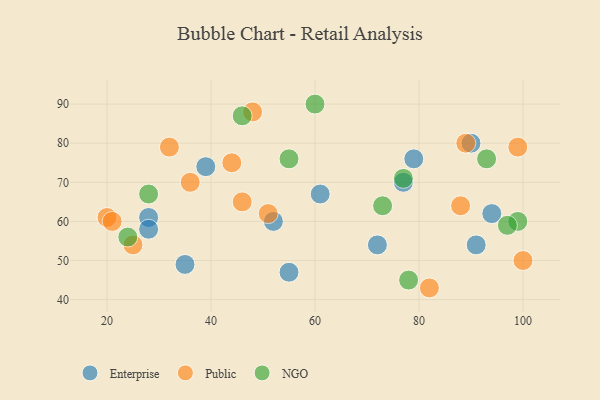
{"axis": {"x": "GDP", "y": "Life Expectancy"}, "legend": ["Enterprise", "NGO", "Public"], "data": [{"x": "94", "y": 62, "type": "Enterprise"}, {"x": "28", "y": 61, "type": "Enterprise"}, {"x": "61", "y": 67, "type": "Enterprise"}, {"x": "79", "y": 76, "type": "Enterprise"}, {"x": "35", "y": 49, "type": "Enterprise"}, {"x": "90", "y": 80, "type": "Enterprise"}, {"x": "72", "y": 54, "type": "Enterprise"}, {"x": "39", "y": 74, "type": "Enterprise"}, {"x": "52", "y": 60, "type": "Enterprise"}, {"x": "91", "y": 54, "type": "Enterprise"}, {"x": "28", "y": 58, "type": "Enterprise"}, {"x": "77", "y": 70, "type": "Enterprise"}, {"x": "55", "y": 47, "type": "Enterprise"}, {"x": "20", "y": 61, "type": "Public"}, {"x": "44", "y": 75, "type": "Public"}, {"x": "82", "y": 43, "type": "Public"}, {"x": "25", "y": 54, "type": "Public"}, {"x": "88", "y": 64, "type": "Public"}, {"x": "46", "y": 65, "type": "Public"}, {"x": "100", "y": 50, "type": "Public"}, {"x": "99", "y": 79, "type": "Public"}, {"x": "89", "y": 80, "type": "Public"}, {"x": "51", "y": 62, "type": "Public"}, {"x": "21", "y": 60, "type": "Public"}, {"x": "32", "y": 79, "type": "Public"}, {"x": "36", "y": 70, "type": "Public"}, {"x": "48", "y": 88, "type": "Public"}, {"x": "73", "y": 64, "type": "NGO"}, {"x": "24", "y": 56, "type": "NGO"}, {"x": "78", "y": 45, "type": "NGO"}, {"x": "99", "y": 60, "type": "NGO"}, {"x": "60", "y": 90, "type": "NGO"}, {"x": "97", "y": 59, "type": "NGO"}, {"x": "55", "y": 76, "type": "NGO"}, {"x": "93", "y": 76, "type": "NGO"}, {"x": "77", "y": 71, "type": "NGO"}, {"x": "46", "y": 87, "type": "NGO"}, {"x": "28", "y": 67, "type": "NGO"}]}